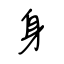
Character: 身